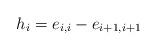
LaTeX: \begin{align*}h_{i}=e_{i,i}-e_{i+1,i+1}\end{align*}